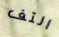
التف